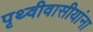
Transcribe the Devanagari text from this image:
पृथ्वीवासीयांना